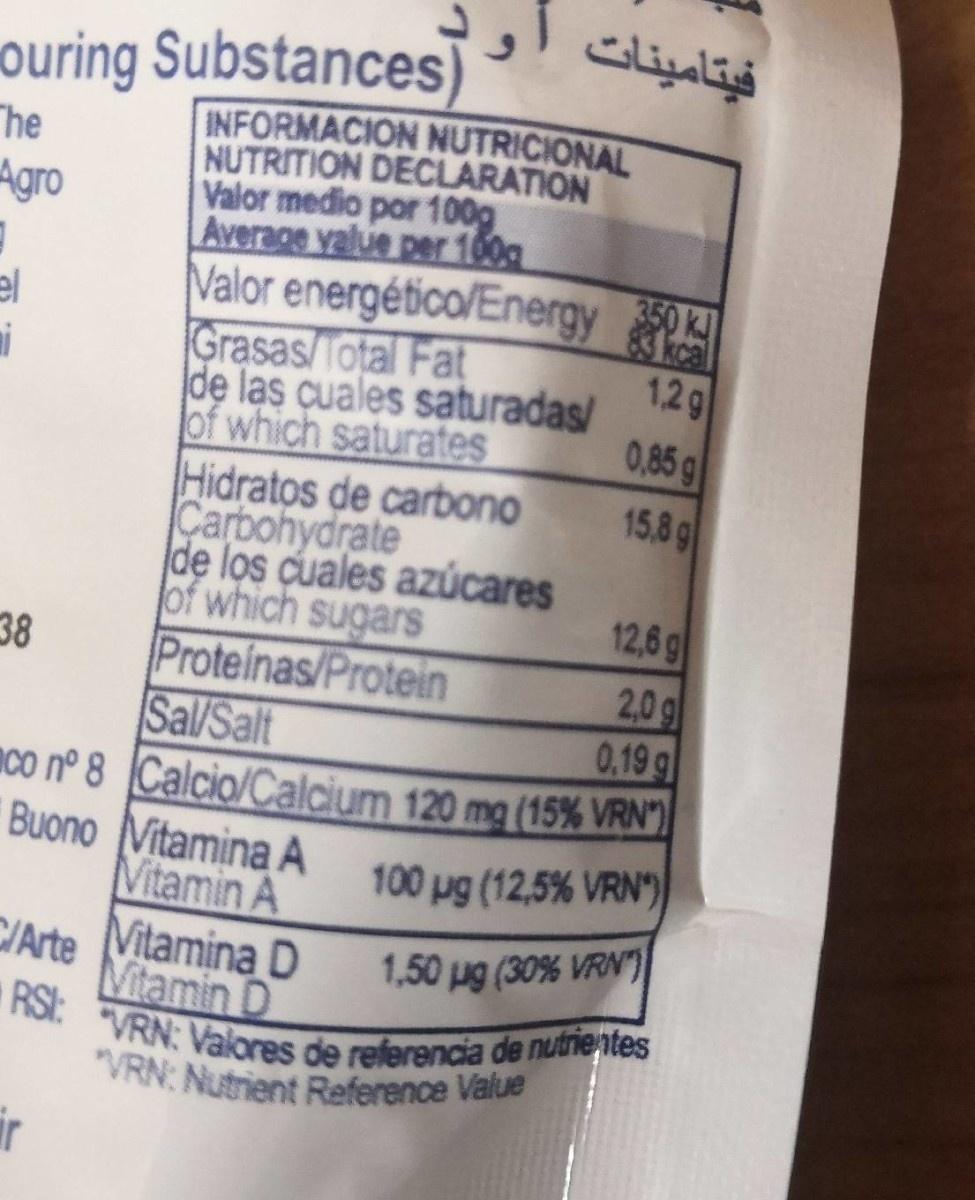
فيتامينات
ouring Substances)
INFORMACION NUTRICIONAL NUTRITION DECLARATION Valor medio por 100g Average value per 100g
The
Agro
Valor energético/Energy Grasas/Total Fat de las cuales saturadas/ of which saturates Hidratos de carbono Carbohydrate de los cuales azúcares of which sugars
83 kcal 1,2g
el
0,85g
15,8 g
12,6 g 2,0g
38
Proteinas/Protein Sal/Salt mco nº 8 Calcio/Calcium 120 mg (15% VRN") Buono Vitamina A Mitamin A
0,19 g
100 ug (12,5% VRN)
Vitamina D Vitamin D
C/Arte
1,50 ug (30% VRN)
RS: VRN: Vaores de referencia de nutrientes "VRN: Nutrient Reference Value
ir